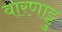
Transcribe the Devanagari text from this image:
वारणाट्टु